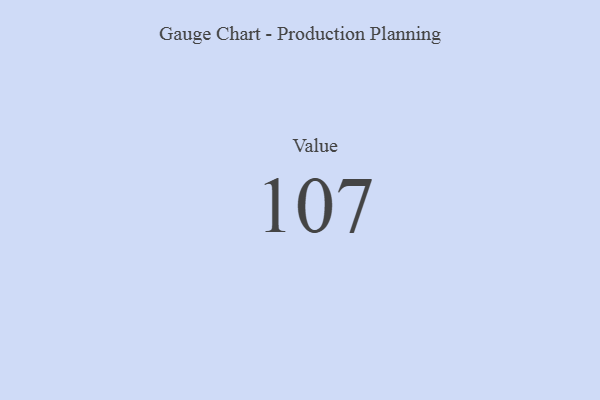
{"axis": {"x": "Metric", "y": "Value"}, "legend": [""], "data": [{"x": "Value", "y": 107, "type": ""}]}